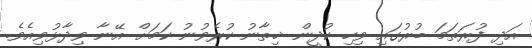
އަދި ފުރަތަމަ ބުރުގައި ވިހި ކުދީން ޚިތާނު ކުރެވުނު ކަމަށް އޭނާ ވިދާޅުވިއެވެ.